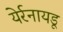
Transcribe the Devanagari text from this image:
येर्रनायडू